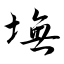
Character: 墲